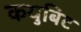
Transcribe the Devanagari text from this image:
कयुबिट